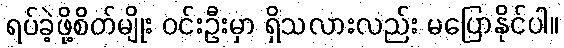
ရပ်ခဲ့ဖို့စိတ်မျိုး ဝင်းဦးမှာ ရှိသလားလည်း မပြောနိုင်ပါ။